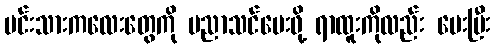
မင်းသားကလေးတွေကို ပညာသင်ပေးဖို့ ရာထူးကိုလည်း ပေးပြီး